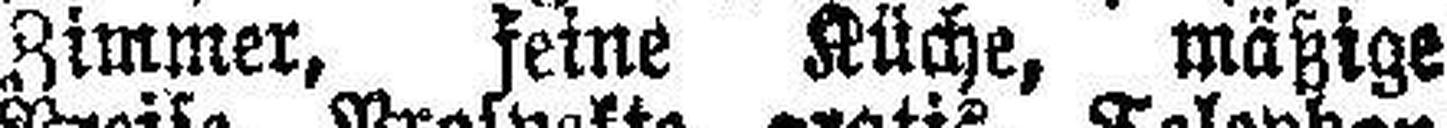
Zimmer, feine Küche „mäßige